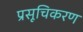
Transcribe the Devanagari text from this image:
प्रसूचिकरण